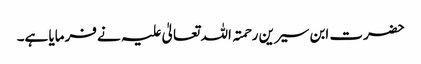
حضرت ابن سیرین رحمتہ اللہ تعالیٰ علیہ نے فرمایا ہے۔